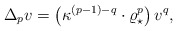
\begin{align*}\Delta_p v = \left (\kappa^{(p-1) - q} \cdot \varrho_\star^p \right )v^q,\end{align*}